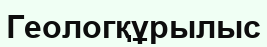
Геологқұрылыс